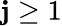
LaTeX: \mathbf{j}\geq1